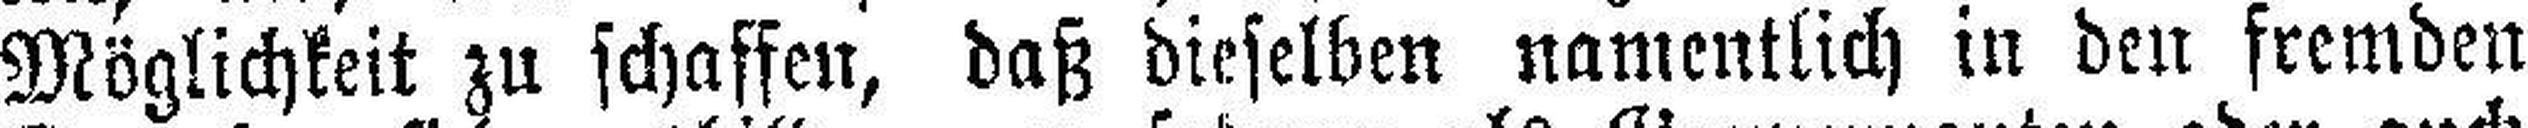
Möglichkeit zu schaffen, daß dieselben namentlich in den fremden